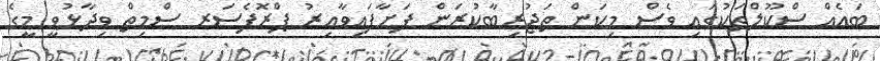
ބައެއް ސްކޫލްތަކުގައި ވެސް މިކަން ތަޖުރިބާކުރަން ފަށާފައިވާއިރު ޕްރޮފެސަރ ސްމިތް ވިދާޅުވީ މީގެ